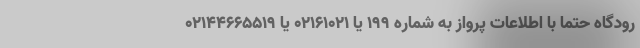
رودگاه حتما با اطلاعات پرواز به شماره ۱۹۹ یا ۰۲۱۶۱۰۲۱ یا ۰۲۱۴۴۶۶۵۵۱۹